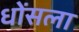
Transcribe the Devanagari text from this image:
धोंसला